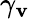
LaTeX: \gamma_{\mathbf{v}}